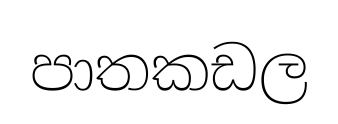
පාතකඩල